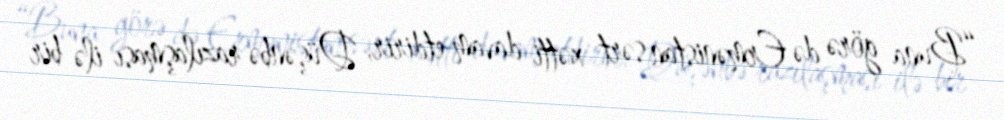
“Buna görə də Ermənistan sərt xətti davam etdirir, Düşənbə razılaşması ilə bir